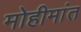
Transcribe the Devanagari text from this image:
मोहीमांत